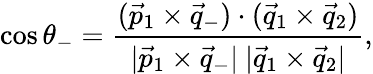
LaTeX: \cos\theta_{-}={\frac{(\vec{p}_{1}\times\vec{q}_{-})\cdot(\vec{q}_{1}\times\vec{q}_{2})}{|\vec{p}_{1}\times\vec{q}_{-}|\ |\vec{q}_{1}\times\vec{q}_{2}|}},